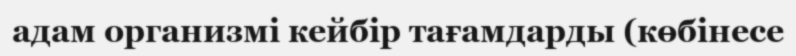
адам организмі кейбір тағамдарды (көбінесе